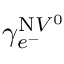
\gamma _ { e ^ { - } } ^ { \mathrm { N } V ^ { 0 } }